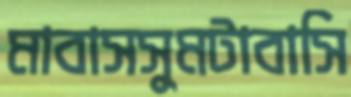
মাবাসসুমটাবাসি